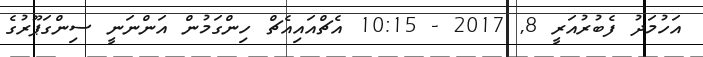
އަހުމަދު ފެބުރުއަރީ 8